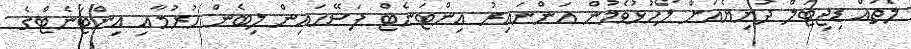
ލޯތައް ޑިޖިޓަލް ދުނިޔެއަށް ލޯހުޅުވެމުން އަންނައިރު އިންޓަނެޓް ފަސޭހައިން ލިބެން ހުރުމާއި އިންޓަނެޓްގެ